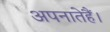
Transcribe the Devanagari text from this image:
अपनातेहैं।